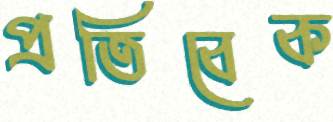
প্রতিবেক